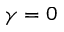
\gamma = 0